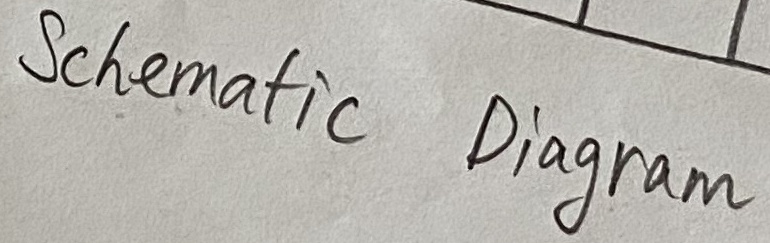
Text: Schematic Diagram